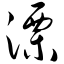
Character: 溧